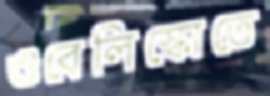
ওবেলিস্কোতে